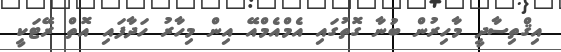
އިޤްތިސާދީ މާހިރުން ބުނާ ގޮތުގައި އެމްއެމްއޭ އިން މިހާރު ހަދާފައި އޮތް ރޭޓަކީ